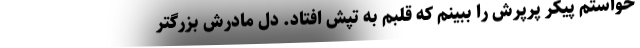
‌خواستم پیکر پَرپَرش را ببینم که قلبم به تپش افتاد. دل مادرش بزرگتر